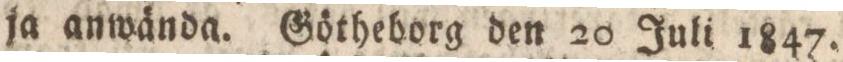
ja anwända. Götheborg den 20 Juli 1847.